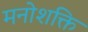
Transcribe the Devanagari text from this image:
मनोशक्ति